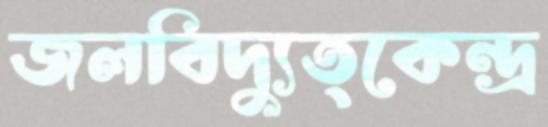
জলবিদ্যুত্কেন্দ্র